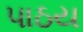
પાઠય